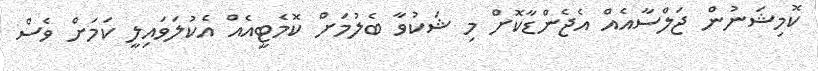
ކޮމިޝަނުން ޖަލްސާއެއް އެޖެންޑާކޮށް މި ޝަކުވާ ބެލުމަށް ކޮމެޓީއެއް އެކުލަވައިލީ ކަމަށް ވެސް